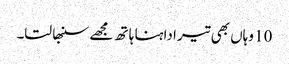
10 وہاں بھی تیرا داہنا ہا تھ مجھے سنبھا لتا۔